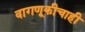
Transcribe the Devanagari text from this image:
वागणूकीचाही